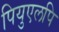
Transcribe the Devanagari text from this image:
पियुएलपि